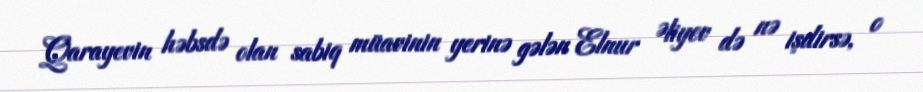
Qarayevin həbsdə olan sabiq müavinin yerinə gələn Elnur Əliyev də nə işdirsə, o